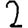
Digit: 2